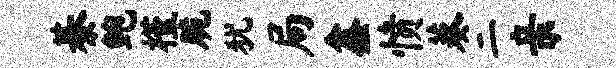
綦鲍槿脆犹局鑫愤葵二亲